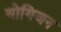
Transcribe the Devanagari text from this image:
योगिजन